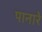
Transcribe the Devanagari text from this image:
पानारे